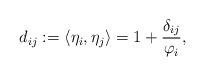
LaTeX: \begin{align*} d_{ij}:=\langle\eta_i,\eta_j\rangle=1+\frac{\delta_{ij}}{\varphi_i},\end{align*}